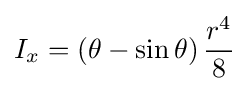
I_{x}=\left(\theta -\sin \theta \right){\frac {r^{4}}{8}}